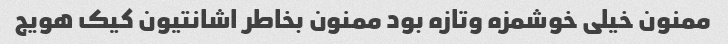
ممنون خیلی خوشمزه وتازه بود ممنون بخاطر اشانتیون کیک هویج